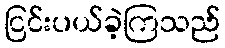
ငြင်းပယ်ခဲ့ကြသည်